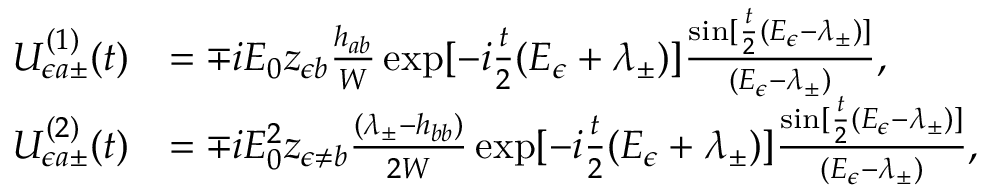
\begin{array} { r l } { U _ { \epsilon a \pm } ^ { ( 1 ) } ( t ) } & { = \mp i { \cal E } _ { 0 } z _ { \epsilon b } \frac { h _ { a b } } { W } \exp [ - i \frac { t } { 2 } ( E _ { \epsilon } + \lambda _ { \pm } ) ] \frac { \sin [ \frac { t } { 2 } ( E _ { \epsilon } - \lambda _ { \pm } ) ] } { ( E _ { \epsilon } - \lambda _ { \pm } ) } , } \\ { U _ { \epsilon a \pm } ^ { ( 2 ) } ( t ) } & { = \mp i { \cal E } _ { 0 } ^ { 2 } z _ { \epsilon \neq b } \frac { ( \lambda _ { \pm } - h _ { b b } ) } { 2 W } \exp [ - i \frac { t } { 2 } ( E _ { \epsilon } + \lambda _ { \pm } ) ] \frac { \sin [ \frac { t } { 2 } ( E _ { \epsilon } - \lambda _ { \pm } ) ] } { ( E _ { \epsilon } - \lambda _ { \pm } ) } , } \end{array}